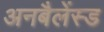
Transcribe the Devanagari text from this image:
अनबैलेंस्ड